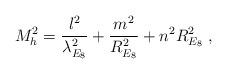
LaTeX: \begin{align*}M_h^2 = {l^2 \over {\lambda_{E_8}^2}} + {m^2 \over R_{E_8}^2} + n^2 R_{E_8}^2 \ , \end{align*}